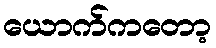
ယောက်ကတော့